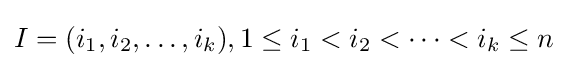
I=(i_{1},i_{2},\ldots ,i_{k}),1\leq i_{1}<i_{2}<\cdots <i_{k}\leq n